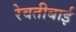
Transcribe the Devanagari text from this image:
रेवतीबाई